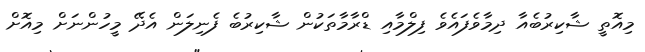
މިއޮތީ ޝާކިރުބެއާ ދިމާވެފައެވެ ފިލްމާއި ޑްރާމާތަކުން ޝާކިރުބެ ފެނިލަން އެދޭ މީހުންނަށް މިއޮށް